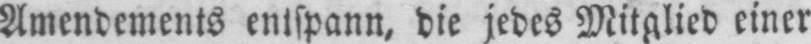
Amendements entspann, die jedes Mitglied einer